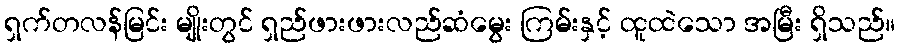
ရှက်တလန်မြင်း မျိုးတွင် ရှည်ဖားဖားလည်ဆံမွေး ကြမ်းနှင့် ထူထဲသော အမြီး ရှိသည်။